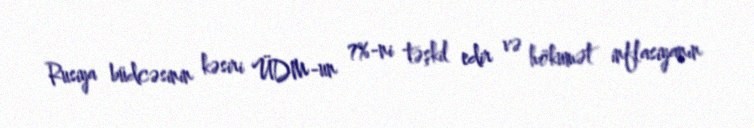
Rusiya büdcəsinin kəsiri ÜDM-un 7%-ni təşkil edir və hökumət inflasiyanın